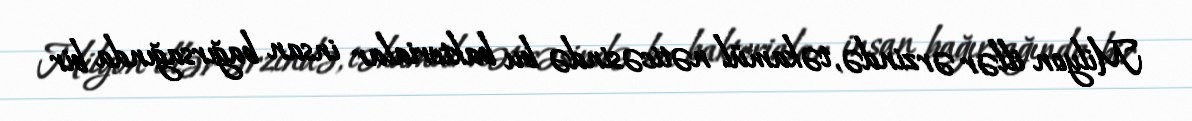
Milyon illər ərzində, təkamül nəticəsində bu bakterialar insan bağırsağında bir